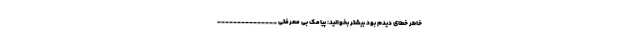
خاطر خطای دیدم بود بیشتر بخوانید: پیامک بی معرفتی _______________